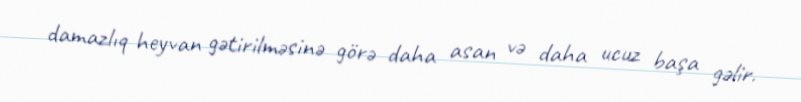
damazlıq heyvan gətirilməsinə görə daha asan və daha ucuz başa gəlir.